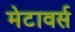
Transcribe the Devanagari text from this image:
मेटावर्स